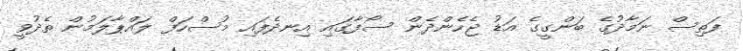
ފަތިސް ނަމާދުގެ ބަންގީގެ އަޑު ޖެހެންދެން ސޯފާގައި އިނދެފައި މުސްހަފް ލައްޕާލަމުން ތެދުވީ